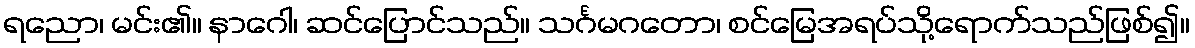
ရညော၊ မင်း၏။ နာဂေါ၊ ဆင်ပြောင်သည်။ သင်္ဂမဂတော၊ စင်မြေအရပ်သို့ရောက်သည်ဖြစ်၍။